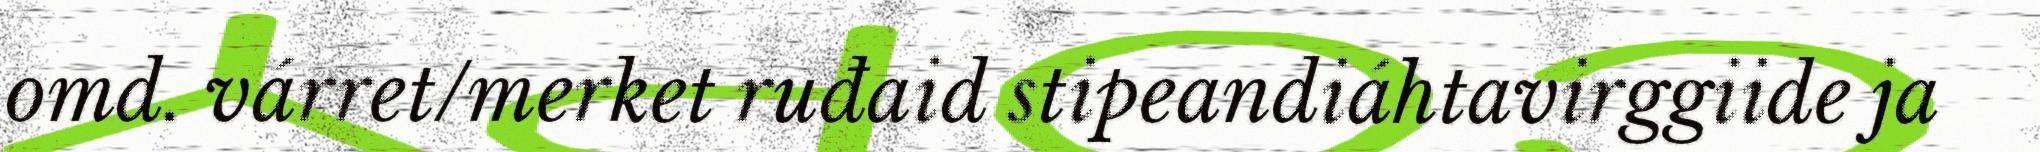
omd. várret/merket ruđaid stipeandiáhtavirggiide ja